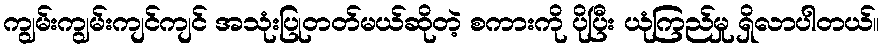
ကျွမ်းကျွမ်းကျင်ကျင် အသုံးပြုတတ်မယ်ဆိုတဲ့ စကားကို ပိုပြီး ယုံကြည်မှု ရှိလာပါတယ်။